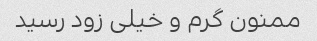
ممنون گرم و خیلی زود رسید